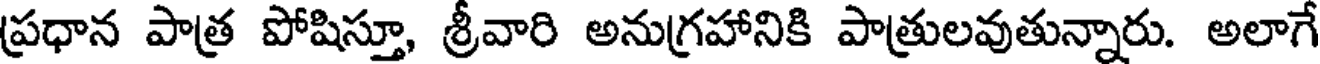
ప్రధాన పాత్ర పోషిస్తూ, శ్రీవారి అనుగ్రహానికి పాత్రులవుతున్నారు. అలాగే